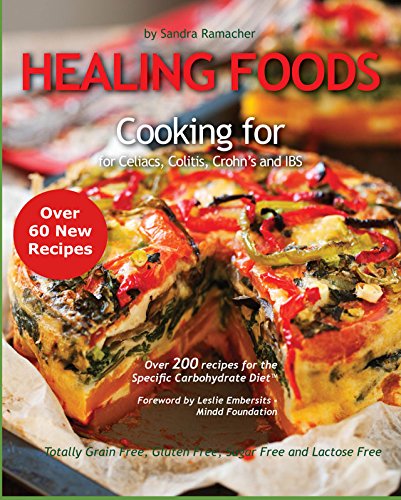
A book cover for Healing Foods: Cooking for Celiacs, Colitis, Crohn's and IBS; Elephant Publishing; Cookbooks, Food & Wine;